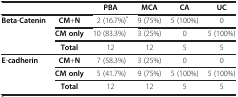
<table><thead><tr><td colspan="2"><b> </b></td><td><b>PBA</b></td><td><b>MCA</b></td><td><b>CA</b></td><td><b>UC</b></td></tr></thead><tbody><tr><td><b>Beta</b>-<b>Catenin</b></td><td><b>CM</b>+<b>N</b></td><td>2 (16.7%)<sup>*</sup></td><td>9 (75%)</td><td>5 (100%)</td><td>0</td></tr><tr><td> </td><td><b>CM only</b></td><td>10 (83.3%)</td><td>3 (25%)</td><td>0</td><td>5 (100%)</td></tr><tr><td> </td><td><b>Total</b></td><td>12</td><td>12</td><td>5</td><td>5</td></tr><tr><td><b>E</b>-<b>cadherin</b></td><td><b>CM</b>+<b>N</b></td><td>7 (58.3%)</td><td>3 (25%)</td><td>0</td><td>0</td></tr><tr><td> </td><td><b>CM only</b></td><td>5 (41.7%)</td><td>9 (75%)</td><td>5 (100%)</td><td>5 (100%)</td></tr><tr><td> </td><td><b>Total</b></td><td>12</td><td>12</td><td>5</td><td>5</td></tr></tbody></table>